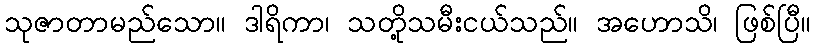
သုဇာတာမည်သော။ ဒါရိကာ၊ သတို့သမီးငယ်သည်။ အဟောသိ၊ ဖြစ်ပြီ။